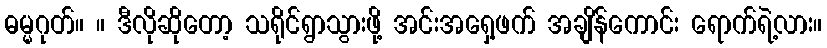
ဓမ္မဂုတ်။ ။ ဒီလိုဆိုတော့ သရိုင်ရွာသွားဖို့ အင်းအရှေ့ဖက် အချိန်ကောင်း ရောက်ရဲ့လား။